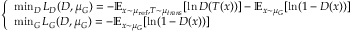
{ \left\{ \begin{array} { l l } { \operatorname* { m i n } _ { D } L _ { D } ( D , \mu _ { G } ) = - \mathbb { E } _ { x \sim \mu _ { \mathrm { r e f } } , T \sim \mu _ { t r a n s } } [ \ln D ( T ( x ) ) ] - \mathbb { E } _ { x \sim \mu _ { G } } [ \ln ( 1 - D ( x ) ) ] } \\ { \operatorname* { m i n } _ { G } L _ { G } ( D , \mu _ { G } ) = - \mathbb { E } _ { x \sim \mu _ { G } } [ \ln ( 1 - D ( x ) ) ] } \end{array} \right. }